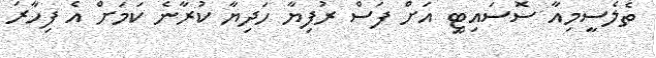
ތެލެސީމިއާ ސޮސައިޓީ އަށް ފަސް ރުފިޔާ ހަދިޔާ ކުރާނެ ކަމަށް އެ ފިހާރަ